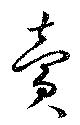
売